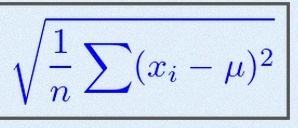
\sigma=\sqrt{\frac1n\sum(x_i-\mu)^2}